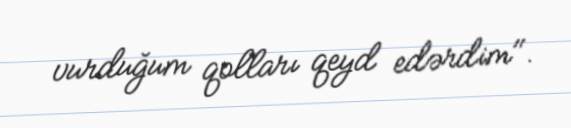
vurduğum qolları qeyd edərdim".